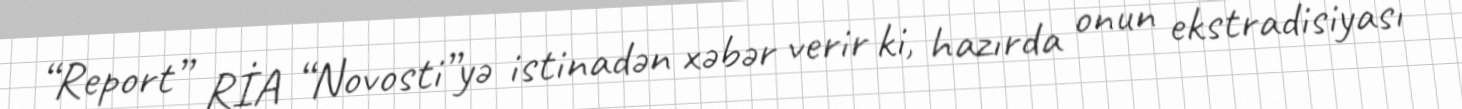
“Report” RİA “Novosti”yə istinadən xəbər verir ki, hazırda onun ekstradisiyası